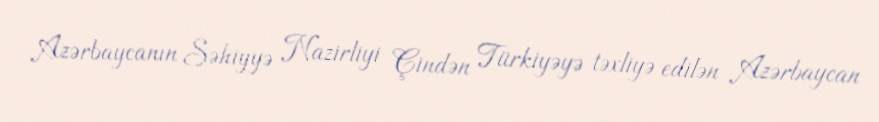
Azərbaycanın Səhiyyə Nazirliyi Çindən Türkiyəyə təxliyə edilən Azərbaycan